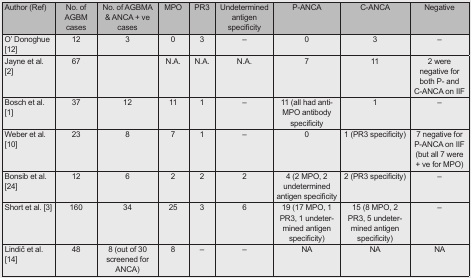
| Author (Ref) | No. of AGBM cases | No. of AGBMA & ANCA + ve cases | MPO | PR3 | Undetermined antigen specificity | P-ANCA | C-ANCA | Negative |
 | --- | --- | --- | --- | --- | --- | --- | --- | --- |
 | O’ Donoghue [12] | 12 | 3 | 0 | 3 | – | 0 | 3 | – |
 | Jayne et al. [2] | 67 |  | N.A. | N.A. | N.A. | 7 | 11 | 2 were negative for both P- and C-ANCA on IIF |
 | Bosch et al. [1] | 37 | 12 | 11 | 1 | – | 11 (all had anti- MPO antibody specificity | 1 | – |
 | Weber et al. [10] | 23 | 8 | 7 | 1 | – | 0 | 1 (PR3 specificity) | 7 negative for P-ANCA on IIF (but all 7 were + ve for MPO) |
 | Bonsib et al. [24] | 12 | 6 | 2 | 2 | 2 | 4 (2 MPO, 2 undetermined antigen specificity | 2 (PR3 specificity) | – |
 | Short et al. [3] | 160 | 34 | 25 | 3 | 6 | 19 (17 MPO, 1 PR3, 1 undetermined antigen specificity) | 15 (8 MPO, 2 PR3, 5 undetermined antigen specificity) | – |
 | Lindič et al. [14] | 48 | 8 (out of 30 screened for ANCA) | 8 | – | – | NA | NA | NA |